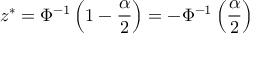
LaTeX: z ^ { * } = \Phi ^ { - 1 } \left( 1 - { \frac { \alpha } { 2 } } \right) = - \Phi ^ { - 1 } \left( { \frac { \alpha } { 2 } } \right)